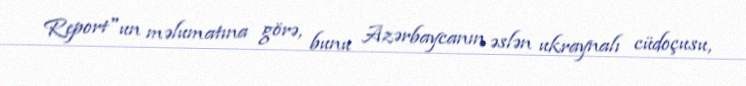
Report"un məlumatına görə, bunu Azərbaycanın əslən ukraynalı cüdoçusu,